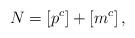
LaTeX: \begin{align*}N=\left[p^{c}\right]+\left[m^{c}\right],\end{align*}